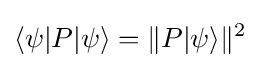
\langle \psi |P|\psi \rangle =\Vert P|\psi \rangle \Vert ^{2}